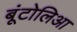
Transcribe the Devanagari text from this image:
बूंटोलिआ